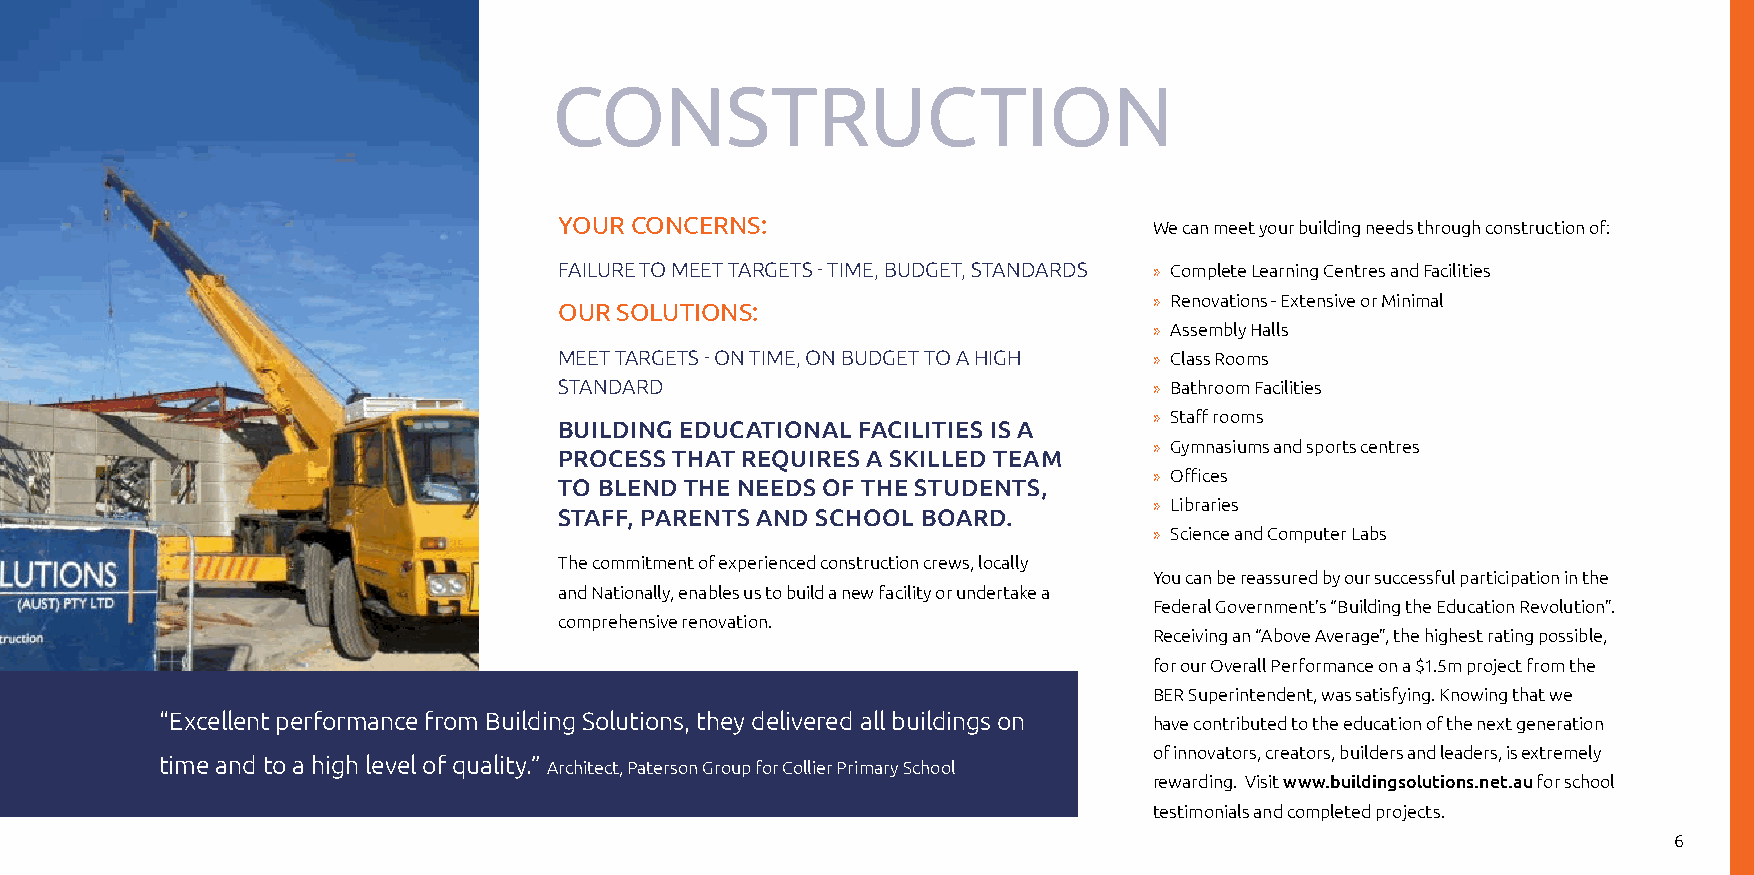
CoNSTrUCTIoN
 YoUr CoNCerNS:                         We can meet your building needs through construction of:
 FAILURE TO MEET TARGETS - TIME, BUDGET, STANDARDS » Complete Learning Centres and Facilities
 » Renovations - Extensive or Minimal
 oUr SoLUTIoNS:
 » Assembly Halls
 MEET TARGETS - ON TIME, ON BUDGET TO A HIGH » Class Rooms
 STANDARD                               » Bathroom Facilities
 » Staff rooms
 BUILDING EDUCATIONAL FACILITIES IS A
 » Gymnasiums and sports centres
 PROCESS THAT REQUIRES A SKILLED TEAM
 » Offices
 TO BLEND THE NEEDS OF THE STUDENTS,
 » Libraries
 STAFF, PARENTS AND SCHOOL BOARD.
 » Science and Computer Labs
 The commitment of experienced construction crews, locally
 You can be reassured by our successful participation in the
 and Nationally, enables us to build a new facility or undertake a
 Federal Government’s “Building the Education Revolution”.
 comprehensive renovation.
 Receiving an “Above Average”, the highest rating possible,
 for our Overall Performance on a $1.5m project from the
 BER Superintendent, was satisfying. Knowing that we
 “Excellent performance from Building Solutions, they delivered all buildings on have contributed to the education of the next generation
 of innovators, creators, builders and leaders, is extremely
 time and to a high level of quality.” Architect, Paterson Group for Collier Primary School
 rewarding. Visit www.buildingsolutions.net.au for school
 testimonials and completed projects.
 6